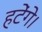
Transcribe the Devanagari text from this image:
हटेंगे।